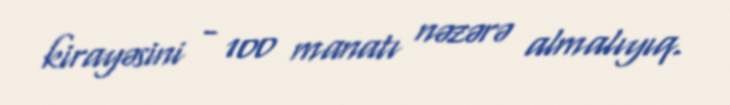
kirayəsini - 100 manatı nəzərə almalıyıq.